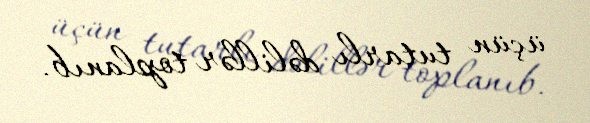
üçün tutarlı dəlillər toplanıb.